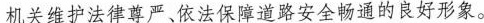
机关维护法律尊严、依法保障道路安全畅通的良好形象。